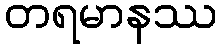
တရမာနဿ